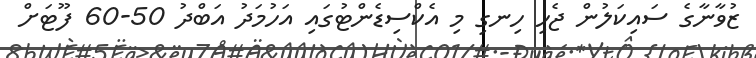
ޒުވާނާގެ ސައިކަލުން ޖެހި ހިނގި މި އެކްސިޑެންޓުގައި އަހުމަދު އަބްދު 50-60 ފޫޓަށް